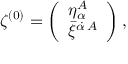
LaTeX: { \zeta ^ { ( 0 ) } = \left( \begin{array} { l } { { \eta _ { \alpha } ^ { A } } } \\ { { \bar { \xi } ^ { \dot { \alpha } \, A } } } \end{array} \right) , }